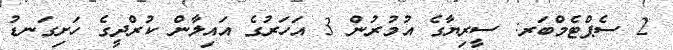
2 ސެޕްޓެމްބަރ: ސީރިޔާގެ އުމުރުން 3 އަހަރުގެ އައިލާން ކުރްދީގެ ހަށިގަނޑު